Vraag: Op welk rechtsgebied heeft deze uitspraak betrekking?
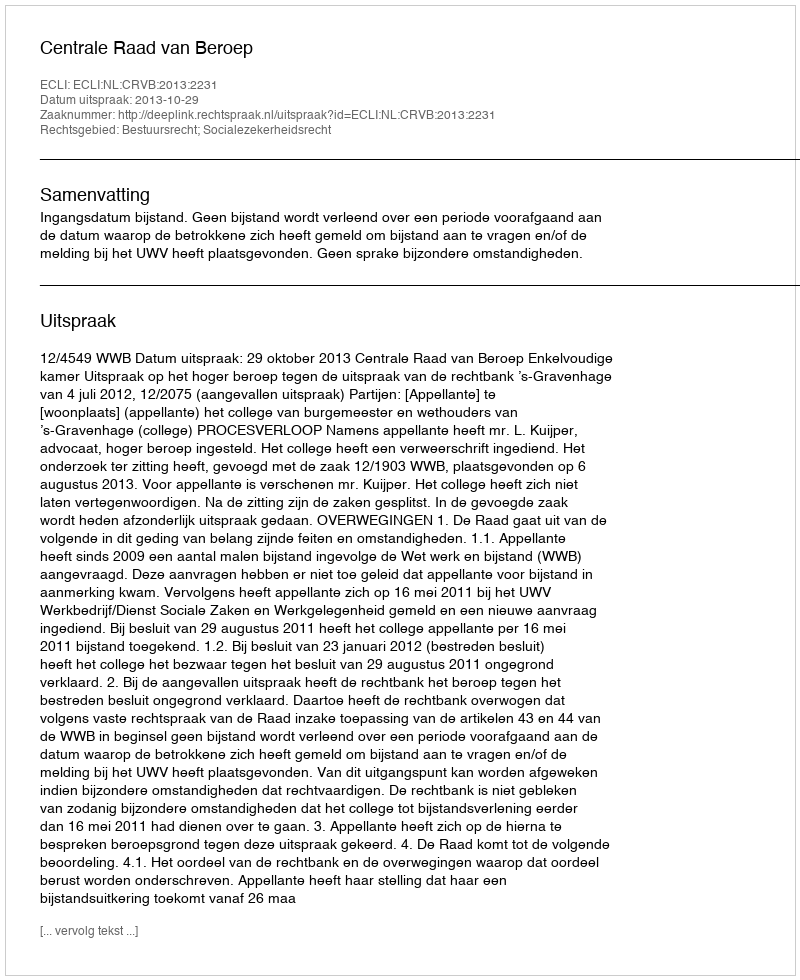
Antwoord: Bestuursrecht; Socialezekerheidsrecht